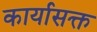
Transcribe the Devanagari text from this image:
कार्यासक्त